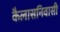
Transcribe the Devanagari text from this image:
कैलासनिवासी